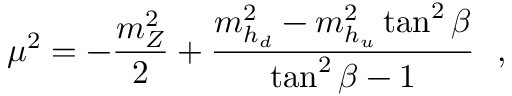
\mu ^ { 2 } = - \frac { m _ { Z } ^ { 2 } } { 2 } + \frac { m _ { h _ { d } } ^ { 2 } - m _ { h _ { u } } ^ { 2 } \tan ^ { 2 } { \beta } } { \tan ^ { 2 } { \beta } - 1 } \ \ ,